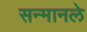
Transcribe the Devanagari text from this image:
सन्मानले